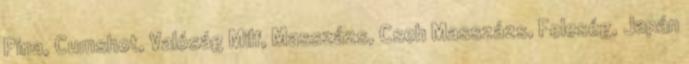
Pina, Cumshot, Valóság Milf, Masszázs, Cseh Masszázs, Feleség, Japán